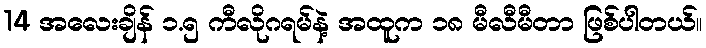
14 အလေးချိန် ၁.၅ ကီလိုဂရမ်နဲ့ အထူက ၁၈ မီလီမီတာ ဖြစ်ပါတယ်။